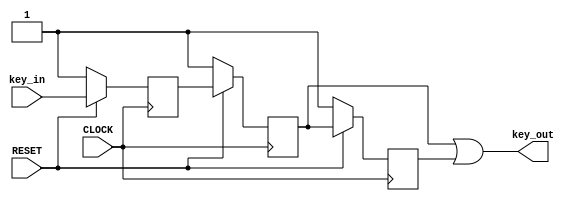
module debounce(
	CLOCK, RESET, key_in, 
	key_out
);

	input CLOCK, RESET, key_in;
	output key_out;

	reg key_now, key_pre, key_prepre;

	always @ (posedge CLOCK)
		begin
			if (~RESET)
				begin
					key_now <= 1;
					key_pre <= 1;
					key_prepre <= 1;
				end
			
			else
				begin
					key_prepre <= key_pre;
					key_pre <= key_now;
					key_now <= key_in;
				end
		end
	wire key_out = key_pre | key_prepre;
endmodule